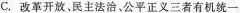
C.改革开放、民主法治、公平正义三者有机统一